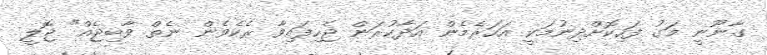
ގާނޫނީ މަގު ފަހިކޮށްދިނުމަކީ އަހަރެމެން އަދާކުރަން ޖެހިފައިވާ ރެކެވެން ނެތް ވާބިޖެއް" ޖޮލީ